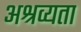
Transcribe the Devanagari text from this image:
अश्रव्यता